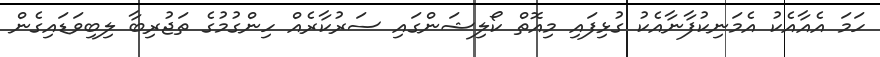
ހަމަ އެއާއެކު އެމަނިކުފާނާއެކު ގުޅިފައި މިއޮތް ކޯލިޝަންގައި ސަރުކާރެއް ހިންގުމުގެ ތަޖުރިބާ ލިބިވަޑައިގެން